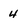
Character: 4